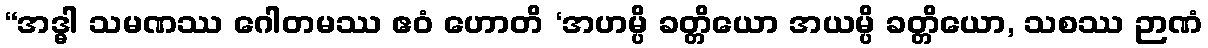
“အဒ္ဓါ သမဏဿ ဂေါတမဿ ဧဝံ ဟောတိ ‘အဟမ္ပိ ခတ္တိယော အယမ္ပိ ခတ္တိယော, သစဿ ဉာဏံ